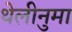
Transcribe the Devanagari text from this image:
थेलीनुमा